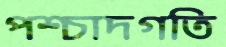
পশ্চাদগতি